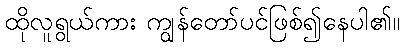
ထိုလူရွယ်ကား ကျွန်တော်ပင်ဖြစ်၍နေပါ၏။